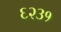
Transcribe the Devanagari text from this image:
६२३१